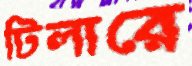
টিলারে